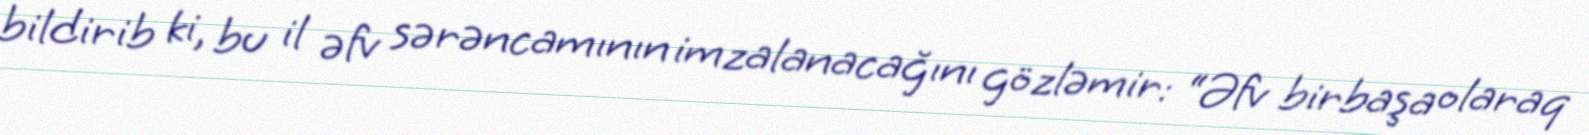
bildirib ki, bu il əfv sərəncamının imzalanacağını gözləmir: “Əfv birbaşa olaraq